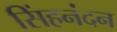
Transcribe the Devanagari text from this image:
सिंहनंदन